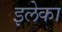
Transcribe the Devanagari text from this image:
इलेका